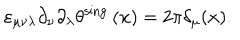
\varepsilon _ { \mu \nu \lambda } \partial _ { \nu } \partial _ { \lambda } \theta ^ { \mathrm { s i n g . } } ( { \bf x } ) = 2 \pi \delta _ { \mu } ( { \bf x } ) .